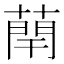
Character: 𫉑